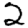
Digit: 2